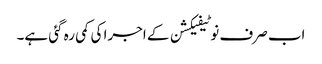
اب صرف نوٹیفیکشن کے اجرا کی کمی رہ گئی ہے۔